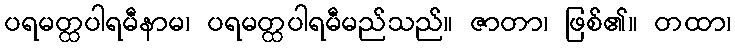
ပရမတ္ထပါရမီနာမ၊ ပရမတ္ထပါရမီမည်သည်။ ဇာတာ၊ ဖြစ်၏။ တထာ၊